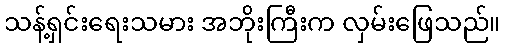
သန့်ရှင်းရေးသမား အဘိုးကြီးက လှမ်းဖြေသည်။